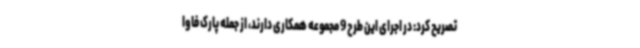
تصریح کرد: در اجرای این طرح 9 مجموعه همکاری دارند، از جمله پارک فاوا